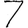
Digit: 7